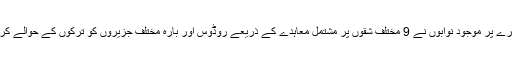
جزیرے پر موجود نوابوں نے 9 مختلف شقوں پر مشتمل معاہدے کے ذریعے روڈوس اور بارہ مختلف جزیروں کو ترکوں کے حوالے کردیا ۔